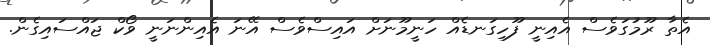
އެތާ ރޫމުގަވެސް އެއިނީ ފޫހިގަނޑެއް ހަނީމޫނަށް އައިސްވެސް އޭނަ އެއިންނަނީ ވޯކް ޖައްސައިގެން.